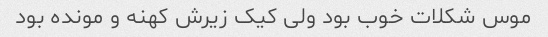
موس شکلات خوب بود ولی کیک زیرش کهنه و مونده بود